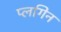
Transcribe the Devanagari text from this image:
प्लगिन